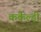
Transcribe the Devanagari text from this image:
कर्कैल्डी